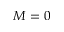
M = 0